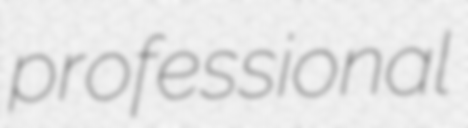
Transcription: professional